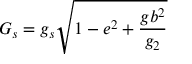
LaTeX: G _ { s } = g _ { s } \sqrt { 1 - e ^ { 2 } + \frac { g b ^ { 2 } } { g _ { 2 } } }